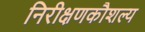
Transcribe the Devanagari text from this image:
निरीक्षणकौशल्य